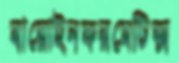
বায়োইনফরমেটিক্স